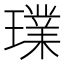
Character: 𤩶